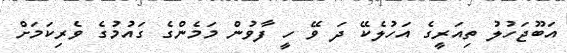
އަބޫޖަހުލު ތިއަރީގެ އަހުލެކޭ ދަ ވޭ ހީ ފާވުން މަމެންގެ ގައުމުގެ ވެރިކަމަށް